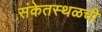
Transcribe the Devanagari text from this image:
संकेतस्थळची